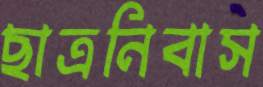
ছাত্রনিবাস